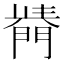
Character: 𨵣